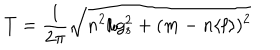
T = { \frac { 1 } { 2 \pi } } \sqrt { n ^ { 2 } / g _ { s } ^ { 2 } + ( m - n \langle \ell \rangle ) ^ { 2 } }